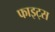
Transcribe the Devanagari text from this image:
फाइट्स